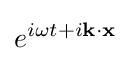
e^{i\omega t+i\mathbf {k} \cdot \mathbf {x} }